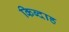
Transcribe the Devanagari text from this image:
किब्दाह